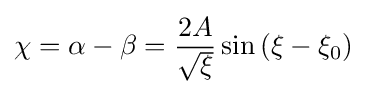
\chi =\alpha -\beta ={\frac {2A}{\sqrt {\xi }}}\sin \left(\xi -\xi _{0}\right)